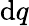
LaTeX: \mathrm{d}q